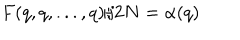
F ( q , q , . . . , q ) / 2 N = \alpha ( q )